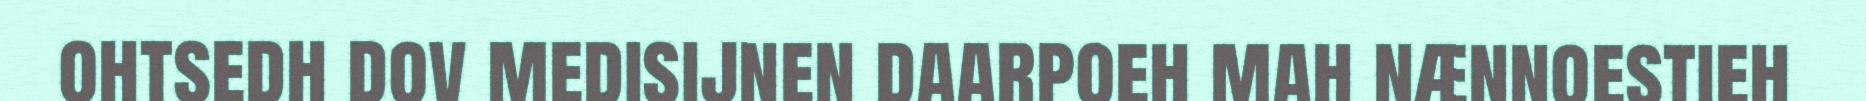
ohtsedh dov medisijnen daarpoeh mah nænnoestieh